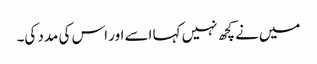
میں‌نے کچھ نہیں کہا اسے اور اس کی مدد کی۔